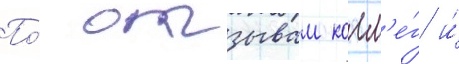
По́ отзывам колл'е́г и́